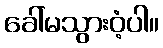
ခေါ်မသွားဝံ့ပါ။